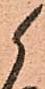
候